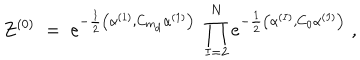
LaTeX: Z ^ { ( 0 ) } \; = \; e ^ { - \frac { 1 } { 2 } \big ( \alpha ^ { ( 1 ) } , C _ { m _ { d } } \alpha ^ { ( 1 ) } \big ) } \; \prod _ { I = 2 } ^ { N } e ^ { - \frac { 1 } { 2 } \big ( \alpha ^ { ( I ) } , C _ { 0 } \alpha ^ { ( I ) } \big ) } \; ,